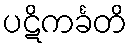
ပဋိကင်္ခတိ